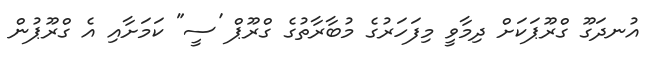
އުނދަގޫ ގްރޫޕަކަށް ދިމާވީ މިފަހަރުގެ މުބާރާތުގެ ގްރޫޕް 'ސީ" ކަމަށާއި އެ ގްރޫޕުން